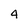
Character: 4